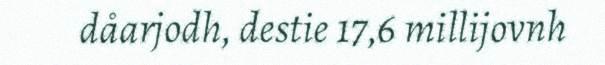
dåarjodh, destie 17,6 millijovnh